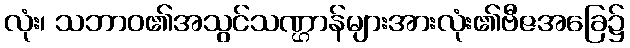
လုံး၊ သဘာဝ၏အသွင်သဏ္ဌာန်များအားလုံး၏ဗီဇအခြေ၌